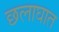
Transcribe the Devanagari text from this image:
छलाघात